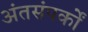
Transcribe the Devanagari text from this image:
अंतसंपर्कों